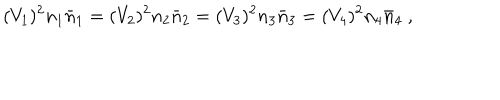
( V _ { 1 } ) ^ { 2 } n _ { 1 } \bar { n } _ { 1 } = ( V _ { 2 } ) ^ { 2 } n _ { 2 } \bar { n } _ { 2 } = ( V _ { 3 } ) ^ { 2 } n _ { 3 } \bar { n } _ { 3 } = ( V _ { 4 } ) ^ { 2 } n _ { 4 } \bar { n } _ { 4 } \ ,